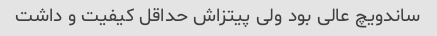
ساندویچ عالی بود ولی پیتزاش حداقل کیفیت و داشت